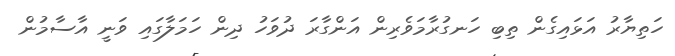
ހަތިޔާރު އަޅައިގެން ތިބި ހަނގުރާމަވެރިން އަންގާރަ ދުވަހު ދިން ހަމަލާގައި ވަނީ އާސާމުން